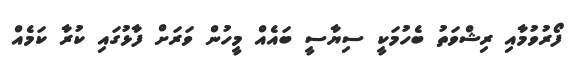
ފޯރުވުމާއި ރިޝްވަތު ބެހުމަކީ ސިޔާސީ ބައެއް މީހުން ވަރަށް ފާޅުގައި ކުރާ ކަމެއް